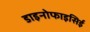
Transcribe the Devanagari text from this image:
डाइनोफाइसिई